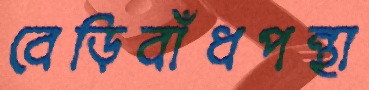
বেড়িবাঁধপন্থা